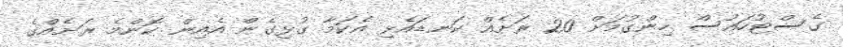
ގެސްޓުހައުސް ހިންގުމަށް 20 ރަށެއް ކަނޑައެޅި އެކަމާ ގުޅިގެން އެއިން ކޮންމެ ރަށެއްގެ